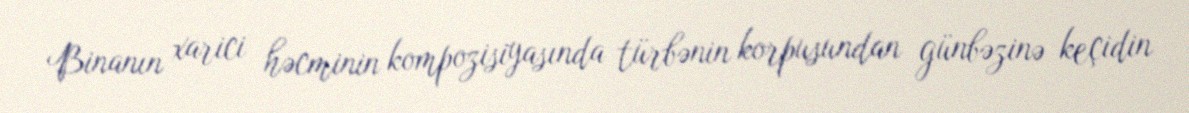
Binanın xarici həcminin kompozisiyasında türbənin korpusundan günbəzinə keçidin